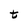
Character: t